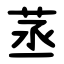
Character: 䒱